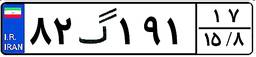
۸۲گ۱۹۱۱۷